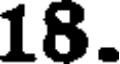
18.